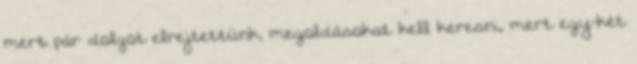
mert pár dolgot elrejtettünk, megoldásokat kell keresni, mert egy-két